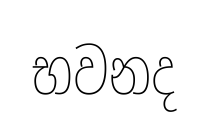
භවනද